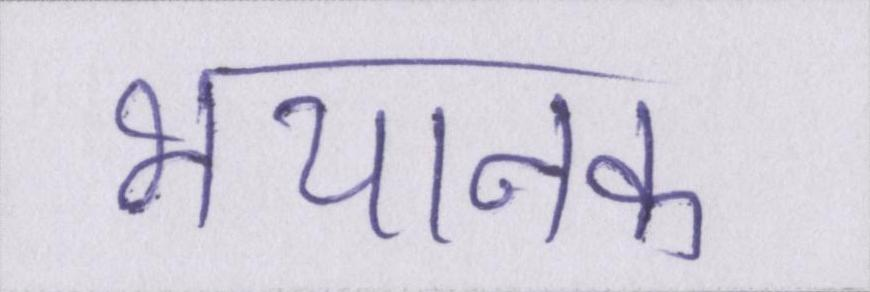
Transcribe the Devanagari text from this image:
भयानक